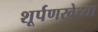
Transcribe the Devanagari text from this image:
शूर्पणखेच्या